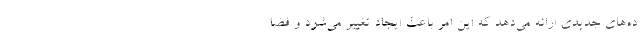
ده‌های جدیدی ارائه می‌دهد که این امر باعث ایجاد تغییر می‌شود و فضا